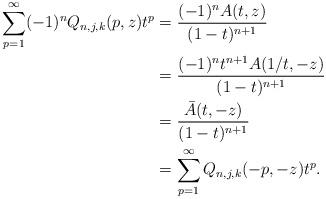
LaTeX: \begin{align*}\sum_{p=1}^{\infty}(-1)^{n}Q_{n,j,k}(p,z)t^{p} & =\frac{(-1)^{n}A(t,z)}{(1-t)^{n+1}}\\ & =\frac{(-1)^{n}t^{n+1}A(1/t,-z)}{(1-t)^{n+1}}\\ & =\frac{\bar{A}(t,-z)}{(1-t)^{n+1}}\\ & =\sum_{p=1}^{\infty}Q_{n,j,k}(-p,-z)t^{p}.\end{align*}